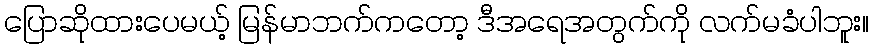
ပြောဆိုထားပေမယ့် မြန်မာဘက်ကတော့ ဒီအရေအတွက်ကို လက်မခံပါဘူး။